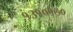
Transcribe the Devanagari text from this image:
१३१०१७०